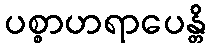
ပစ္စာဟရာပေန္တိ